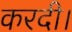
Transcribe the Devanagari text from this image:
करदी।